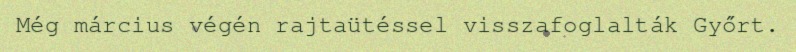
Még március végén rajtaütéssel visszafoglalták Győrt.